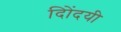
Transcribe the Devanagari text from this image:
दिोंदयी